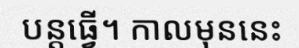
បន្តធ្វើ។ កាលមុននេះ